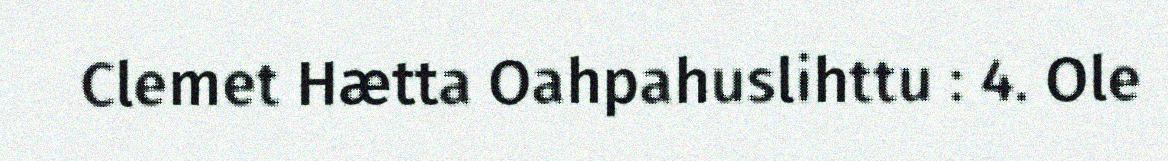
Clemet Hætta Oahpahuslihttu : 4. Ole